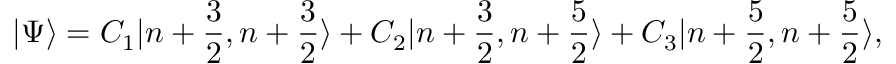
| \Psi \rangle = C _ { 1 } | n + \frac { 3 } { 2 } , n + \frac { 3 } { 2 } \rangle + C _ { 2 } | n + \frac { 3 } { 2 } , n + \frac { 5 } { 2 } \rangle + C _ { 3 } | n + \frac { 5 } { 2 } , n + \frac { 5 } { 2 } \rangle ,